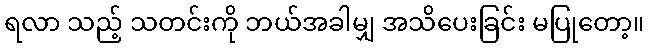
ရလာ သည့် သတင်းကို ဘယ်အခါမျှ အသိပေးခြင်း မပြုတော့။